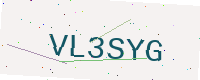
Text: VL3SYG